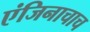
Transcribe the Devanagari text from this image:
एंजिनाचाच